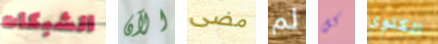
الشبكات الآن مضى لم كل الكلوي